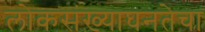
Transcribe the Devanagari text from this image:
लोकसंख्याघनतेचा